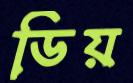
ডিয়